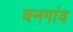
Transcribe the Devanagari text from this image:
वनगांव